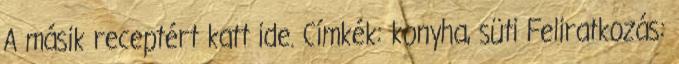
A másik receptért katt ide. Címkék: konyha, süti Feliratkozás: